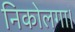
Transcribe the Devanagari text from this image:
निकोलगा।